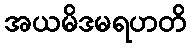
အယမိဒမရဟတိ